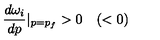
\frac { d \omega _ { i } } { d p } | _ { p = p _ { f } } > 0 \quad ( < 0 )